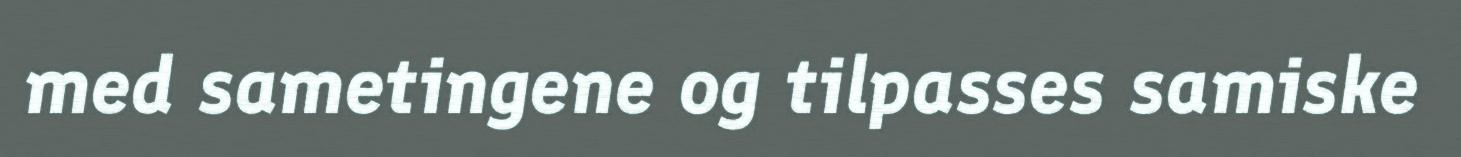
med sametingene og tilpasses samiske